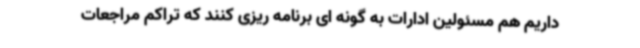
داریم هم مسئولین ادارات به گونه ای برنامه ریزی کنند که تراکم مراجعات